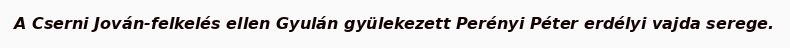
A Cserni Jován-felkelés ellen Gyulán gyülekezett Perényi Péter erdélyi vajda serege.